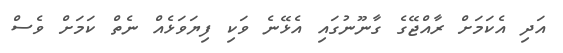
އަދި އެކަމަށް ރާއްޖޭގެ ގާނޫނުގައި އެޅޭނެ ވަކި ފިޔަވަޅެއް ނެތް ކަމަށް ވެސް